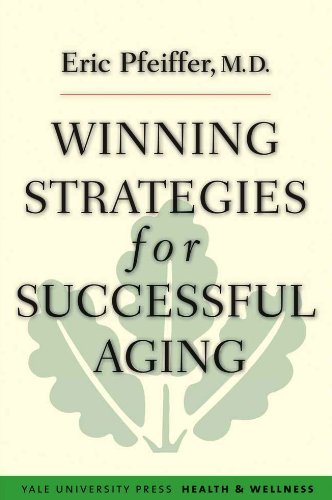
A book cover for Winning Strategies for Successful Aging (Yale University Press Health & Wellness); Eric Pfeiffer; Health, Fitness & Dieting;